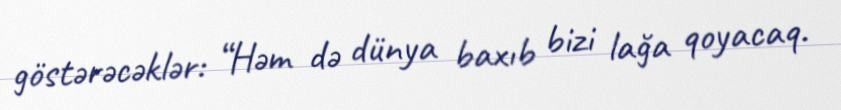
göstərəcəklər: “Həm də dünya baxıb bizi lağa qoyacaq.